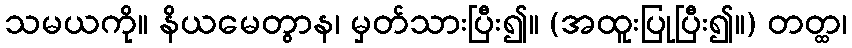
သမယကို။ နိယမေတွာန၊ မှတ်သားပြီး၍။ (အထူးပြုပြီး၍။) တတ္ထ၊